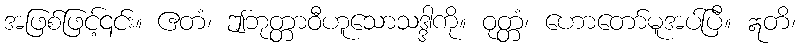
အဖြစ်ဖြင့်၎င်း။ ဧတံ၊ ဤဘုတ္တာဝီဟူသောသဒ္ဒါကို။ ဝုတ္တံ၊ ဟောတော်မူအပ်ပြီ။ ဣတိ၊